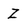
Character: Z